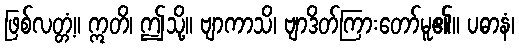
ဖြစ်လတ္တံ့။ ဣတိ၊ ဤသို့။ ဗျာကာသိ၊ ဗျာဒိတ်ကြားတော်မူ၏။ ပဓာနံ၊